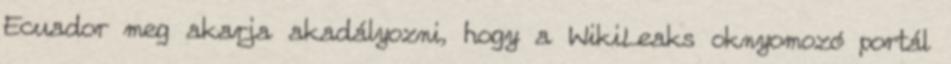
Ecuador meg akarja akadályozni, hogy a WikiLeaks oknyomozó portál